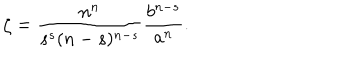
LaTeX: \zeta = \frac { n ^ { n } } { s ^ { s } ( n - s ) ^ { n - s } } \frac { b ^ { n - s } } { a ^ { n } } .